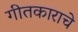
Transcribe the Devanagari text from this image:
गीतकाराचे